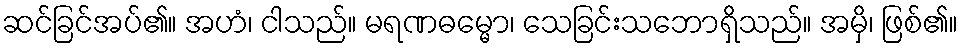
ဆင်ခြင်အပ်၏။ အဟံ၊ ငါသည်။ မရဏဓမ္မော၊ သေခြင်းသဘောရှိသည်။ အမှိ၊ ဖြစ်၏။